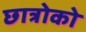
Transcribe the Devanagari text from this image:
छात्रोको